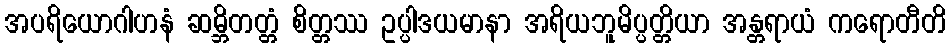
အပရိယောဂါဟနံ ဆမ္ဘိတတ္တံ စိတ္တဿ ဥပ္ပါဒယမာနာ အရိယဘူမိပ္ပတ္တိယာ အန္တရာယံ ကရောတီတိ